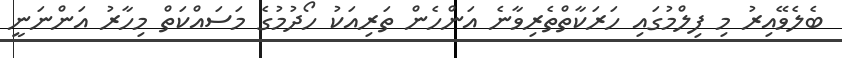
ބެލެވޭއިރު މި ފިލްމުގައި ހަރަކާތްތެރިވާނެ އަންހެން ތަރިއަކު ހޯދުމުގެ މަސައްކަތް މިހާރު އަންނަނީ